Subject: math
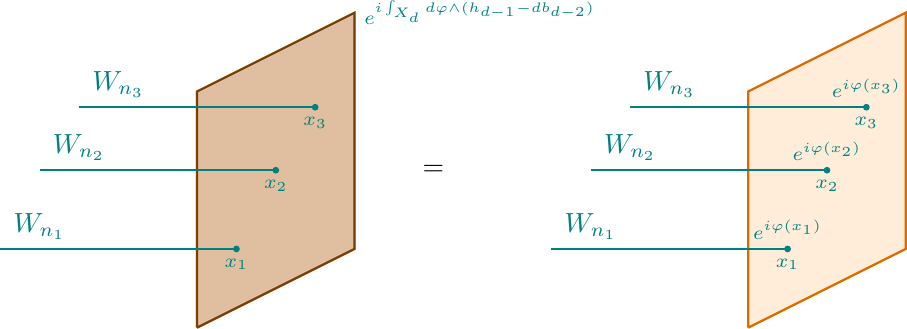
LaTeX code:
    \begin{tikzpicture}[baseline={([yshift=-1ex]current bounding box.center)},vertex/.style={anchor=base,
    circle,fill=black!25,minimum size=18pt,inner sep=2pt},scale=1]
        \draw[orange, thick] (5,0) -- (5,3) -- (7,4) -- (7,1) -- (5,0);
        \draw[fill = brown, opacity = 0.5, thick] (5,0) -- (5,3) -- (7,4) -- (7,1) -- (5,0);

        \node[teal, right] at (7,4) {\scriptsize $e^{i\int_{X_d} d\varphi \wedge (h_{d-1} - db_{d-2})}$};

        \draw[teal, thick] (3,2) -- (6,2);
        \filldraw[teal] (6,2) circle (1pt);
        \node[teal, above] at (3.5,2) {$W_{n_2}$};
        \node[below, teal] at (6,2) {\scriptsize $x_2$};

        \draw[teal, thick] (3.5,2.8) -- (6.5,2.8);
        \filldraw[teal] (6.5,2.8) circle (1pt);
        \node[teal, above] at (4,2.8) {$W_{n_3}$};
        \node[below, teal] at (6.5,2.8) {\scriptsize $x_3$};

        \draw[teal, thick] (2.5,1) -- (5.5,1);
        \filldraw[teal] (5.5,1) circle (1pt);
        \node[teal, above] at (3,1) {$W_{n_1}$};
        \node[below, teal] at (5.5,1) {\scriptsize $x_1$};

        \node[black] at (8,2) {$=$};

        \draw[orange, thick] (5+7,0) -- (5+7,3) -- (7+7,4) -- (7+7,1) -- (5+7,0);
        \draw[fill = orange, opacity = 0.15, thick] (5+7,0) -- (5+7,3) -- (7+7,4) -- (7+7,1) -- (5+7,0);

        \draw[teal, thick] (3+7,2) -- (6+7,2);
        \filldraw[teal] (6+7,2) circle (1pt);
        \node[teal, above] at (3.5+7,2) {$W_{n_2}$};
        \node[below, teal] at (6+7,2) {\scriptsize $x_2$};
        \node[above, teal] at (6+7,2)
        {\scriptsize $e^{i \varphi(x_2)}$};

        \draw[teal, thick] (3.5+7,2.8) -- (6.5+7,2.8);
        \filldraw[teal] (6.5+7,2.8) circle (1pt);
        \node[teal, above] at (4+7,2.8) {$W_{n_3}$};
        \node[below, teal] at (6.5+7,2.8) {\scriptsize $x_3$};
        \node[above, teal] at (6.5+7,2.8)
        {\scriptsize $e^{i \varphi(x_3)}$};

        \draw[teal, thick] (2.5+7,1) -- (5.5+7,1);
        \filldraw[teal] (5.5+7,1) circle (1pt);
        \node[teal, above] at (3+7,1) {$W_{n_1}$};
        \node[below, teal] at (5.5+7,1) {\scriptsize $x_1$};
        \node[above, teal] at (5.5+7,1) {\scriptsize $e^{i \varphi(x_1)}$};
    \end{tikzpicture}